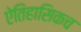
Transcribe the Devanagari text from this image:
ऐतिहासिकच